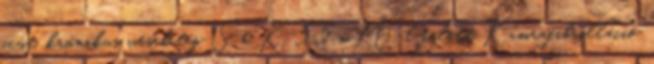
acut, krónikus vesebeteg Se K 5,5 mM l felett Kamrafibrilláció